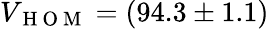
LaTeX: V_{\mathrm{~H~O~M~}}=(94.3\pm 1.1)\